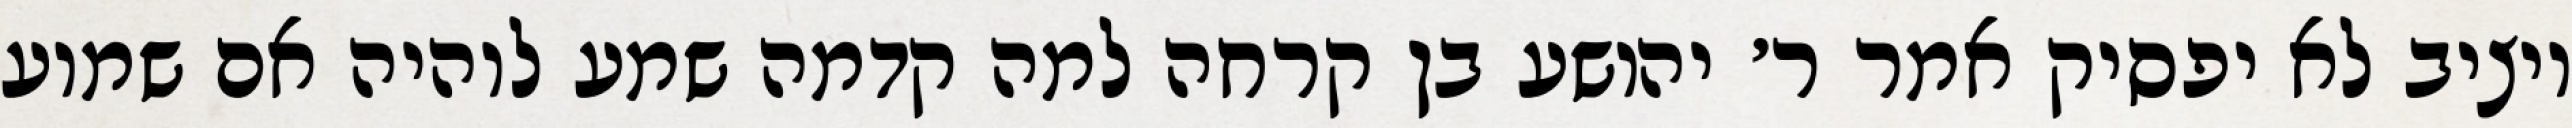
ויציב לא יפסיק אמר ר׳ יהושע בן קרחה למה קדמה שמע לוהיה אם שמוע